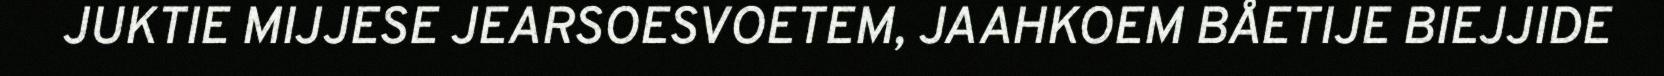
JUKTIE MIJJESE JEARSOESVOETEM, JAAHKOEM BÅETIJE BIEJJIDE